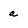
Character: a